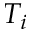
T _ { i }